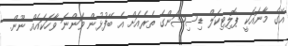
އޭގެ މާނައަކީ ޕޮލިޓިކަލް ޑިސިޝަންގެ ތެރެއަށް އެ ބޭފުޅުން ވަންނަ ވާހަކައެއް ނޫން.